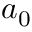
a _ { 0 }